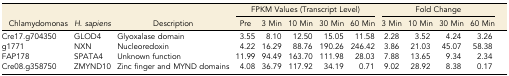
<table><thead><tr><td></td><td></td><td></td><td colspan="5"><b>FPKM Values (Transcript Level)</b></td><td colspan="4"><b>Fold Change</b></td></tr><tr><td><b>Chlamydomonas</b></td><td><b><i>H. sapiens</i></b></td><td><b>Description</b></td><td><b>Pre</b></td><td><b>3 Min</b></td><td><b>10 Min</b></td><td><b>30 Min</b></td><td><b>60 Min</b></td><td><b>3 Min</b></td><td><b>10 Min</b></td><td><b>30 Min</b></td><td><b>60 Min</b></td></tr></thead><tbody><tr><td>Cre17.g704350</td><td>GLOD4</td><td>Glyoxalase domain</td><td>3.55</td><td>8.10</td><td>12.50</td><td>15.05</td><td>11.58</td><td>2.28</td><td>3.52</td><td>4.24</td><td>3.26</td></tr><tr><td>g1771</td><td>NXN</td><td>Nucleoredoxin</td><td>4.22</td><td>16.29</td><td>88.76</td><td>190.26</td><td>246.42</td><td>3.86</td><td>21.03</td><td>45.07</td><td>58.38</td></tr><tr><td>FAP178</td><td>SPATA4</td><td>Unknown function</td><td>11.99</td><td>94.49</td><td>163.70</td><td>111.98</td><td>28.03</td><td>7.88</td><td>13.65</td><td>9.34</td><td>2.34</td></tr><tr><td>Cre08.g358750</td><td>ZMYND10</td><td>Zinc finger and MYND domains</td><td>4.08</td><td>36.79</td><td>117.92</td><td>34.19</td><td>0.71</td><td>9.02</td><td>28.92</td><td>8.38</td><td>0.17</td></tr></tbody></table>